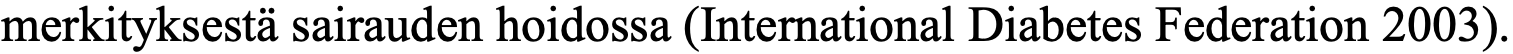
merkityksestä sairauden hoidossa (International Diabetes Federation 2003).